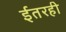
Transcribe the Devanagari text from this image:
ईतरही